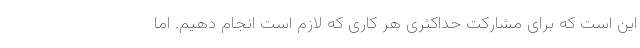
این است که برای مشارکت حداکثری هر کاری که لازم است انجام دهیم. اما